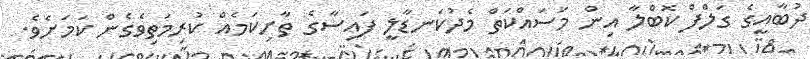
ދުބާއީގެ ގަލްފް ކޮބްލާ އިން މަސައްކަތް މެދުކަނޑާލީ ފައިސާގެ ތާށިކަމެއް ކުރިމަތިވެގެން ކަމަށެވެ.